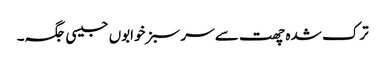
ترک شدہ چھت سے سر سبز خوابوں جیسی جگہ۔